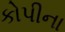
કોપીના